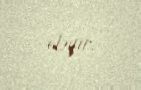
eləyir.